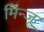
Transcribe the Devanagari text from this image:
मिन्जू